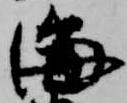
海